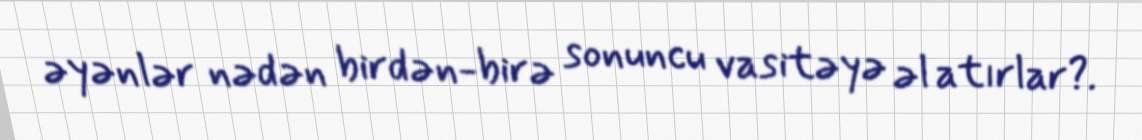
əyənlər nədən birdən-birə sonuncu vasitəyə əl atırlar?.